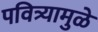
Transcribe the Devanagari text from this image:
पवित्र्यामुळे